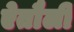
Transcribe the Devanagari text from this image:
ऐतौली